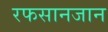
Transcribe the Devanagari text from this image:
रफसानजान